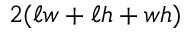
2 ( \ell w + \ell h + w h )